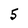
Character: 5